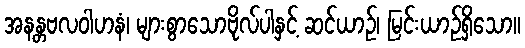
အနန္တဗလဝါဟနံ၊ များစွာသောဗိုလ်ပါနှင့် ဆင်ယာဉ်၊ မြင်းယာဉ်ရှိသော။